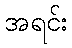
အရင်း